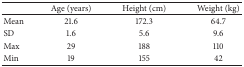
|  | Age (years) | Height (cm) | Weight (kg) |
 | --- | --- | --- | --- |
 | Mean | 21.6 | 172.3 | 64.7 |
 | SD | 1.6 | 5.6 | 9.6 |
 | Max | 29 | 188 | 110 |
 | Min | 19 | 155 | 42 |